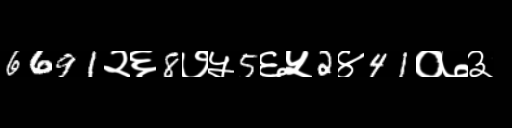
Text: 6691२६8७५5६५2४41०७३